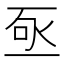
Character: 𬼿